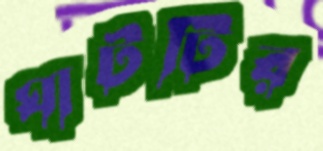
ঘাটটির